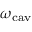
\omega _ { \mathrm { c a v } }